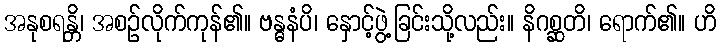
အနုစရန္တိ၊ အစဉ်လိုက်ကုန်၏။ ဗန္ဓနံပိ၊ နှောင့်ဖွဲ့ခြင်းသို့လည်း။ နိဂစ္ဆတိ၊ ရောက်၏။ ဟိ